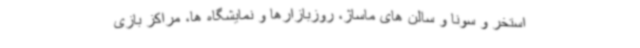
استخر و سونا و سالن های ماساژ، روزبازارها و نمایشگاه ها، مراکز بازی